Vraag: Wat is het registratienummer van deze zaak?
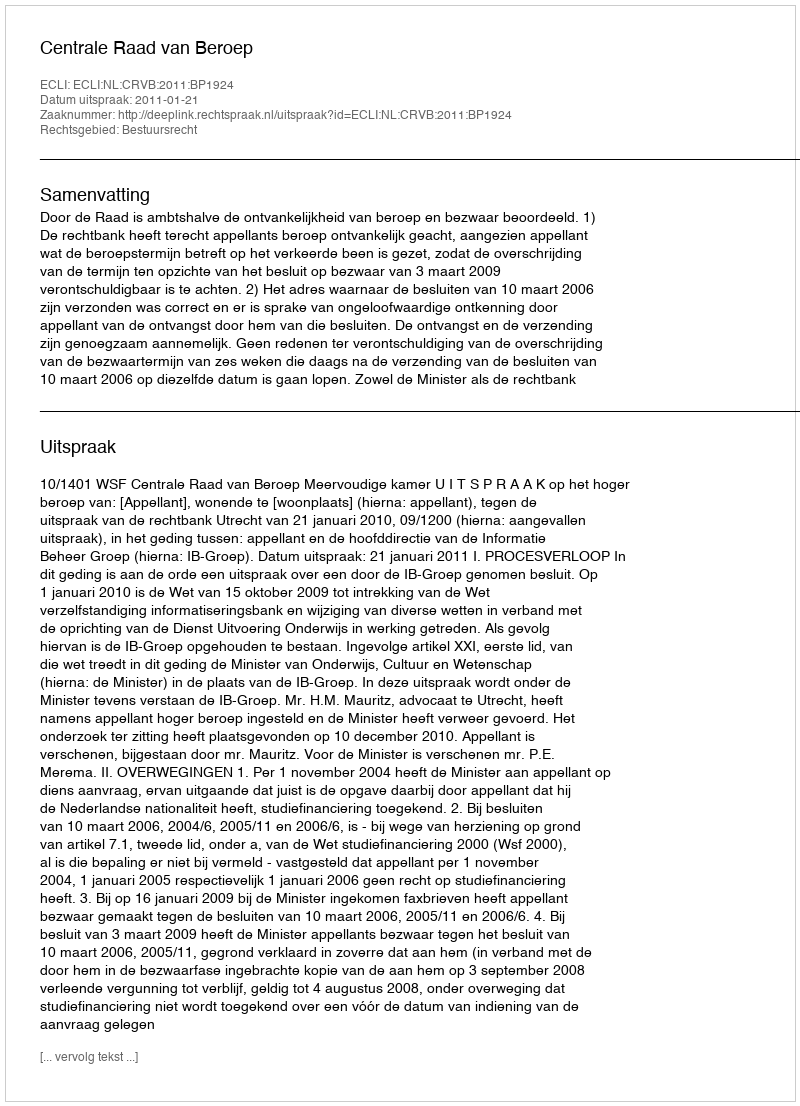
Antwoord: http://deeplink.rechtspraak.nl/uitspraak?id=ECLI:NL:CRVB:2011:BP1924